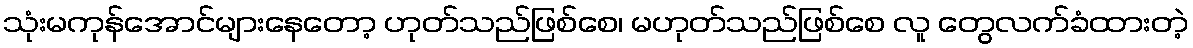
သုံးမကုန်အောင်များနေတော့ ဟုတ်သည်ဖြစ်စေ၊ မဟုတ်သည်ဖြစ်စေ လူ တွေလက်ခံထားတဲ့